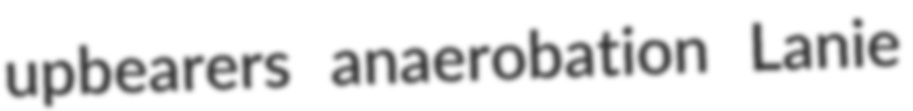
upbearers anaerobation Lanie